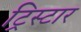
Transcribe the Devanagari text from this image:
ट्रिस्‍टार